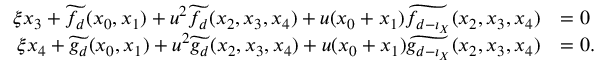
\begin{array} { r l } { \xi x _ { 3 } + \widetilde { f _ { d } } ( x _ { 0 } , x _ { 1 } ) + u ^ { 2 } \widetilde { f _ { d } } ( x _ { 2 } , x _ { 3 } , x _ { 4 } ) + u ( x _ { 0 } + x _ { 1 } ) \widetilde { f _ { d - \iota _ { X } } } ( x _ { 2 } , x _ { 3 } , x _ { 4 } ) } & { = 0 } \\ { \xi x _ { 4 } + \widetilde { g _ { d } } ( x _ { 0 } , x _ { 1 } ) + u ^ { 2 } \widetilde { g _ { d } } ( x _ { 2 } , x _ { 3 } , x _ { 4 } ) + u ( x _ { 0 } + x _ { 1 } ) \widetilde { g _ { d - \iota _ { X } } } ( x _ { 2 } , x _ { 3 } , x _ { 4 } ) } & { = 0 . } \end{array}